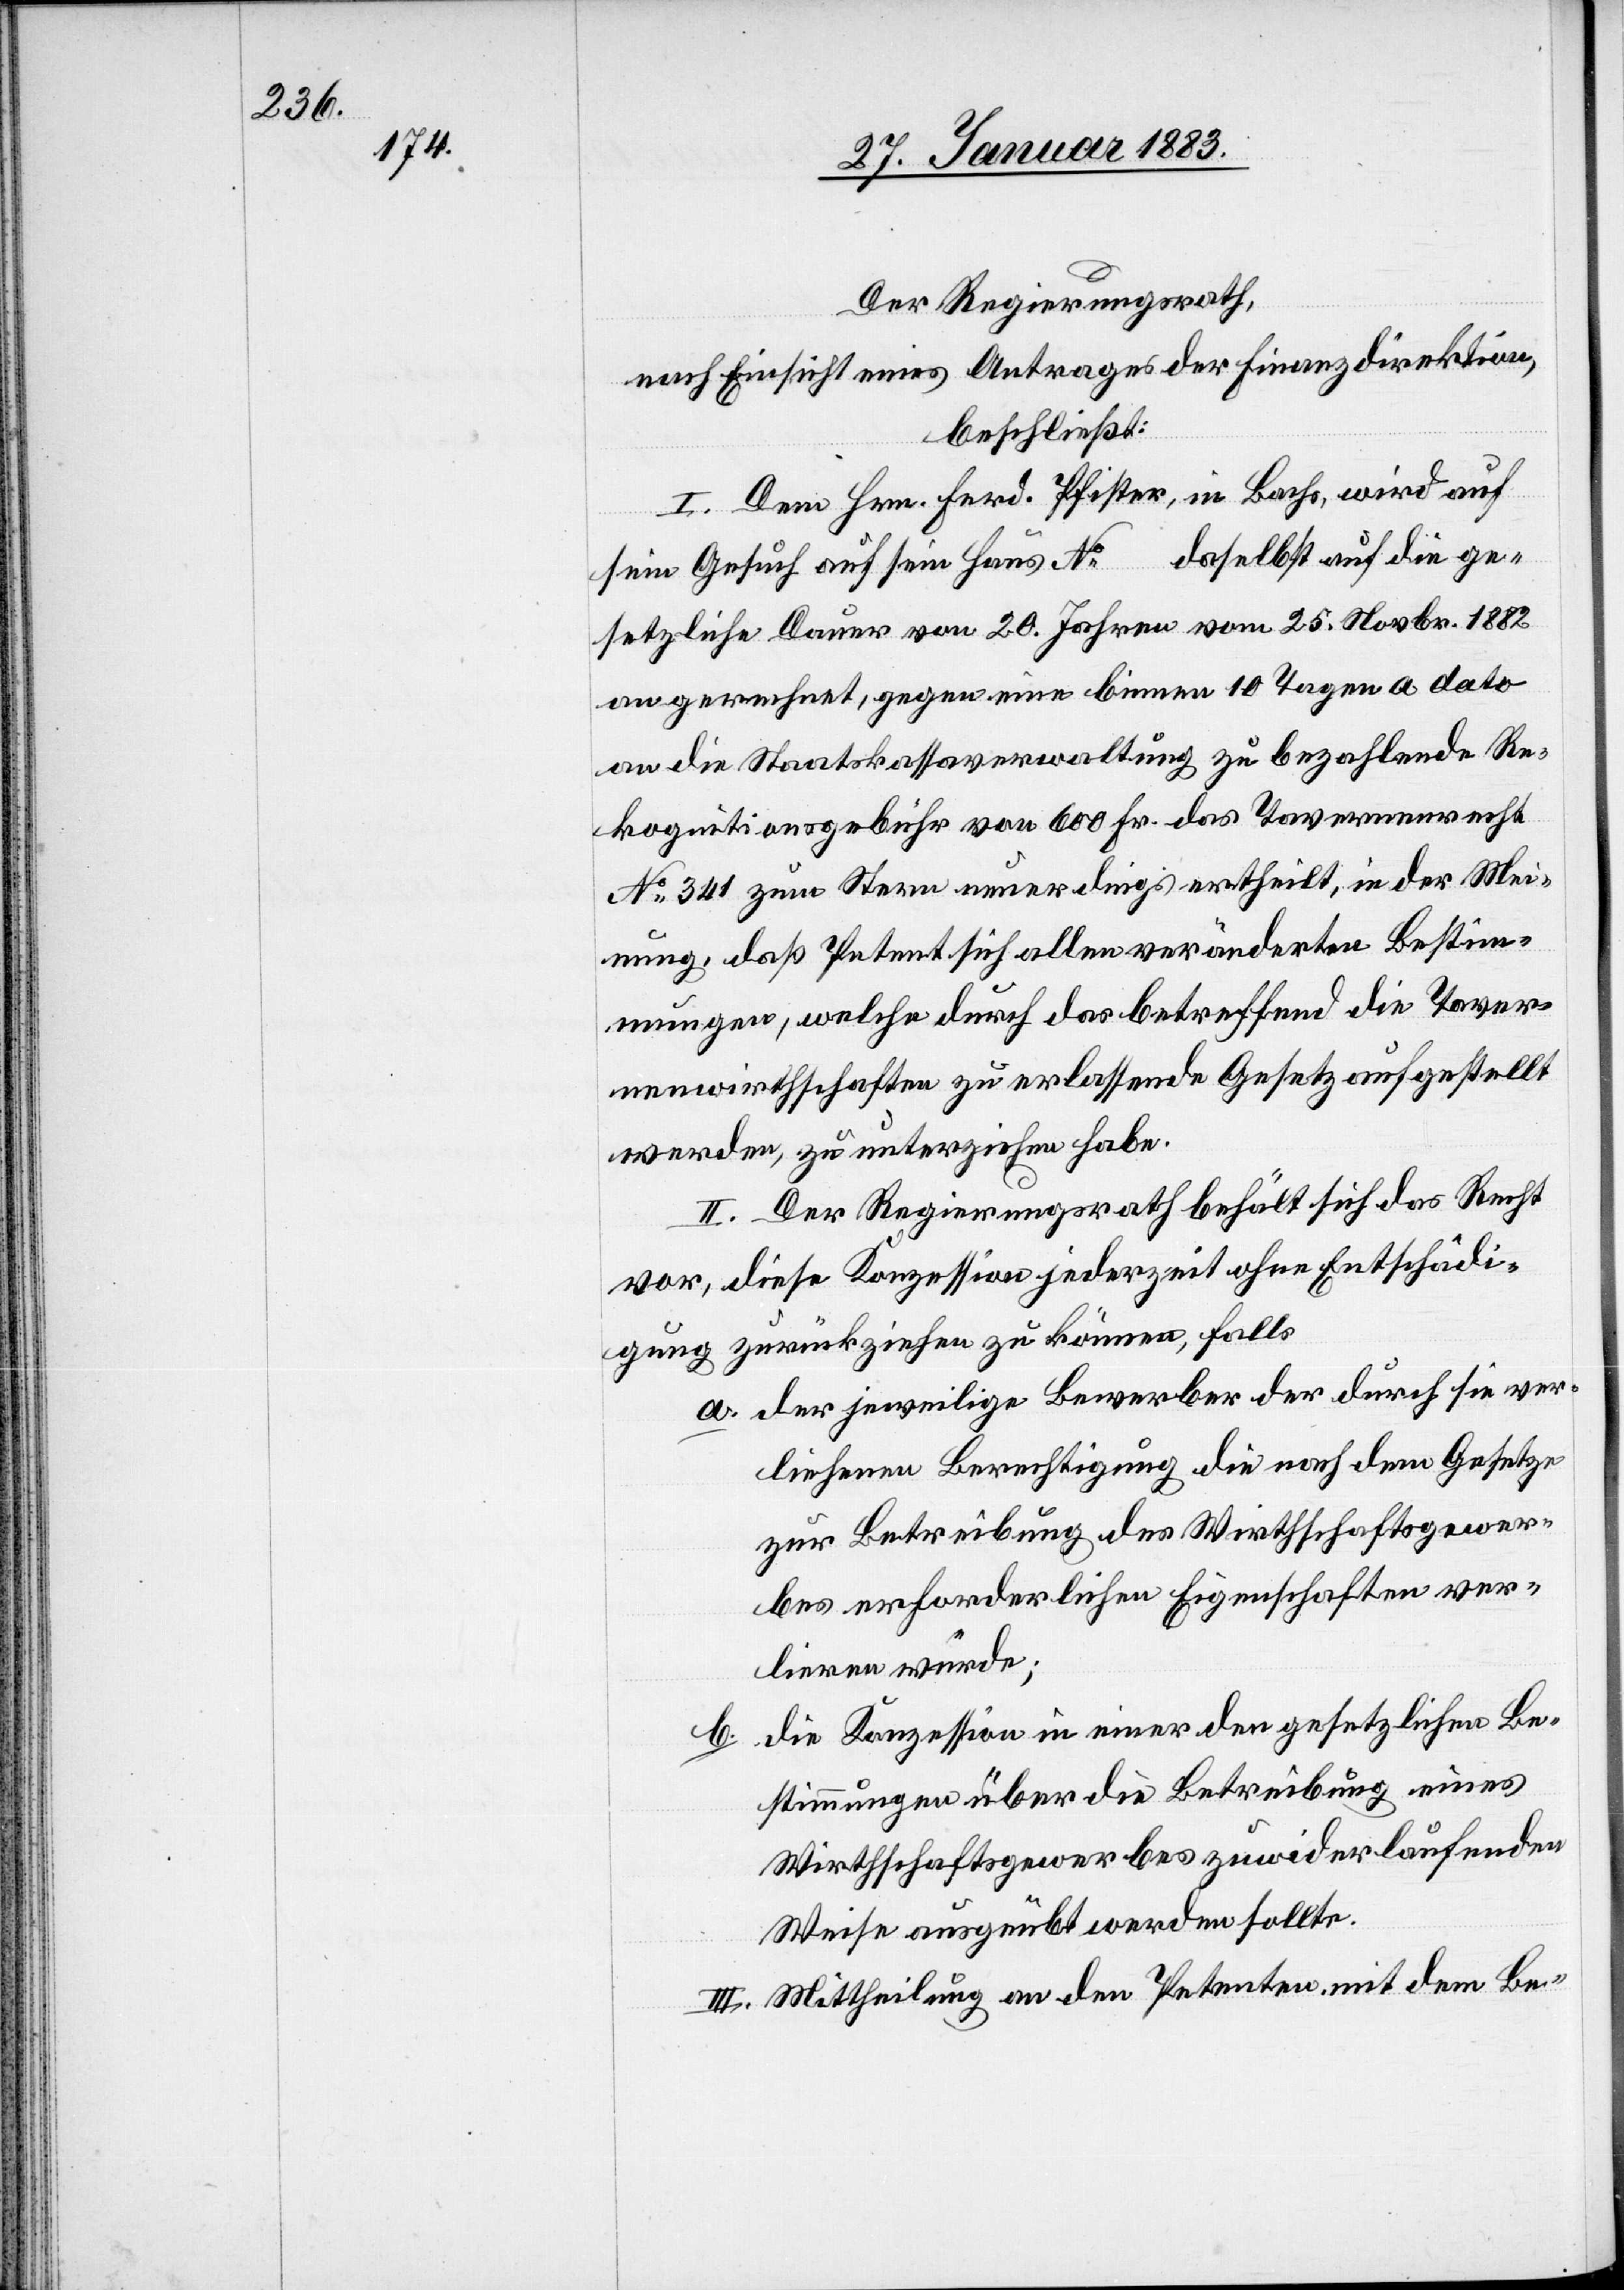
Der Regierungsrath,
nach Einsicht eines Antrages der Finanzdirektion,
beschließt:
I. Dem Hrn. Ferd. Pfister, in Bachs, wird auf
sein Gesuch auf sein Haus No … daselbst auf die ge¬
setzliche Dauer von 20. Jahren vom 25. Novbr. 1882
an gerechnet, gegen eine binnen 10 Tagen a dato
an die Staatskassaverwaltung zu bezahlende Re¬
kognitionsgebühr von 600 Fr. das Tavernenrecht
No 341 zum Stern neuerdings ertheilt, in der Mei¬
nung, daß Petent sich allen veränderten Bestim¬
mungen, welche durch das betreffend die Taver¬
nenwirthschaften zu erlassende Gesetz aufgestellt
werden, zu unterziehen habe.
II. Der Regierungsrath behält sich das Recht
vor, diese Konzession jederzeit ohne Entschädi¬
gung zurückziehen zu können, falls
a. der jeweilige Bewerber der durch sie ver¬
liehenen Berechtigung die nach dem Gesetze
zur Betreibung des Wirthschaftsgewer¬
bes erforderlichen Eigenschaften ver¬
lieren würde;
die Konzession in einer den gesetzlichen Be¬
stimmungen über die Betreibung eines
Wirthschaftsgewerbes zuwider laufenden
Weise ausgeübt werden sollte.
III. Mittheilung an den Petenten, mit dem Be-